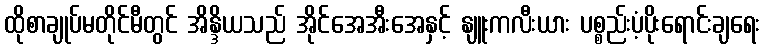
ထိုစာချုပ်မတိုင်မီတွင် အိန္ဒိယသည် အိုင်အေအီးအေနှင့် နျူးကလီးယား ပစ္စည်းပံ့ပိုးရောင်းချရေး